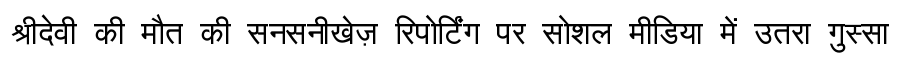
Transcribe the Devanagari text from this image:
श्रीदेवी की मौत की सनसनीखेज़ रिपोर्टिंग पर सोशल मीडिया में उतरा गुस्सा